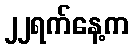
၂၂ရက်နေ့က